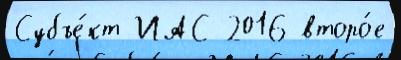
Субъе́кт ИАС 2016 второ́е